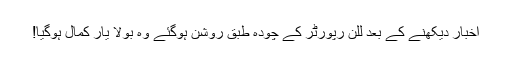
اخبار دیکھنے کے بعد للن رپورٹر کے چودہ طبق روشن ہوگئے وہ بولا یار کمال ہوگیا!